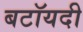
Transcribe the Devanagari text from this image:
बटॉयदी